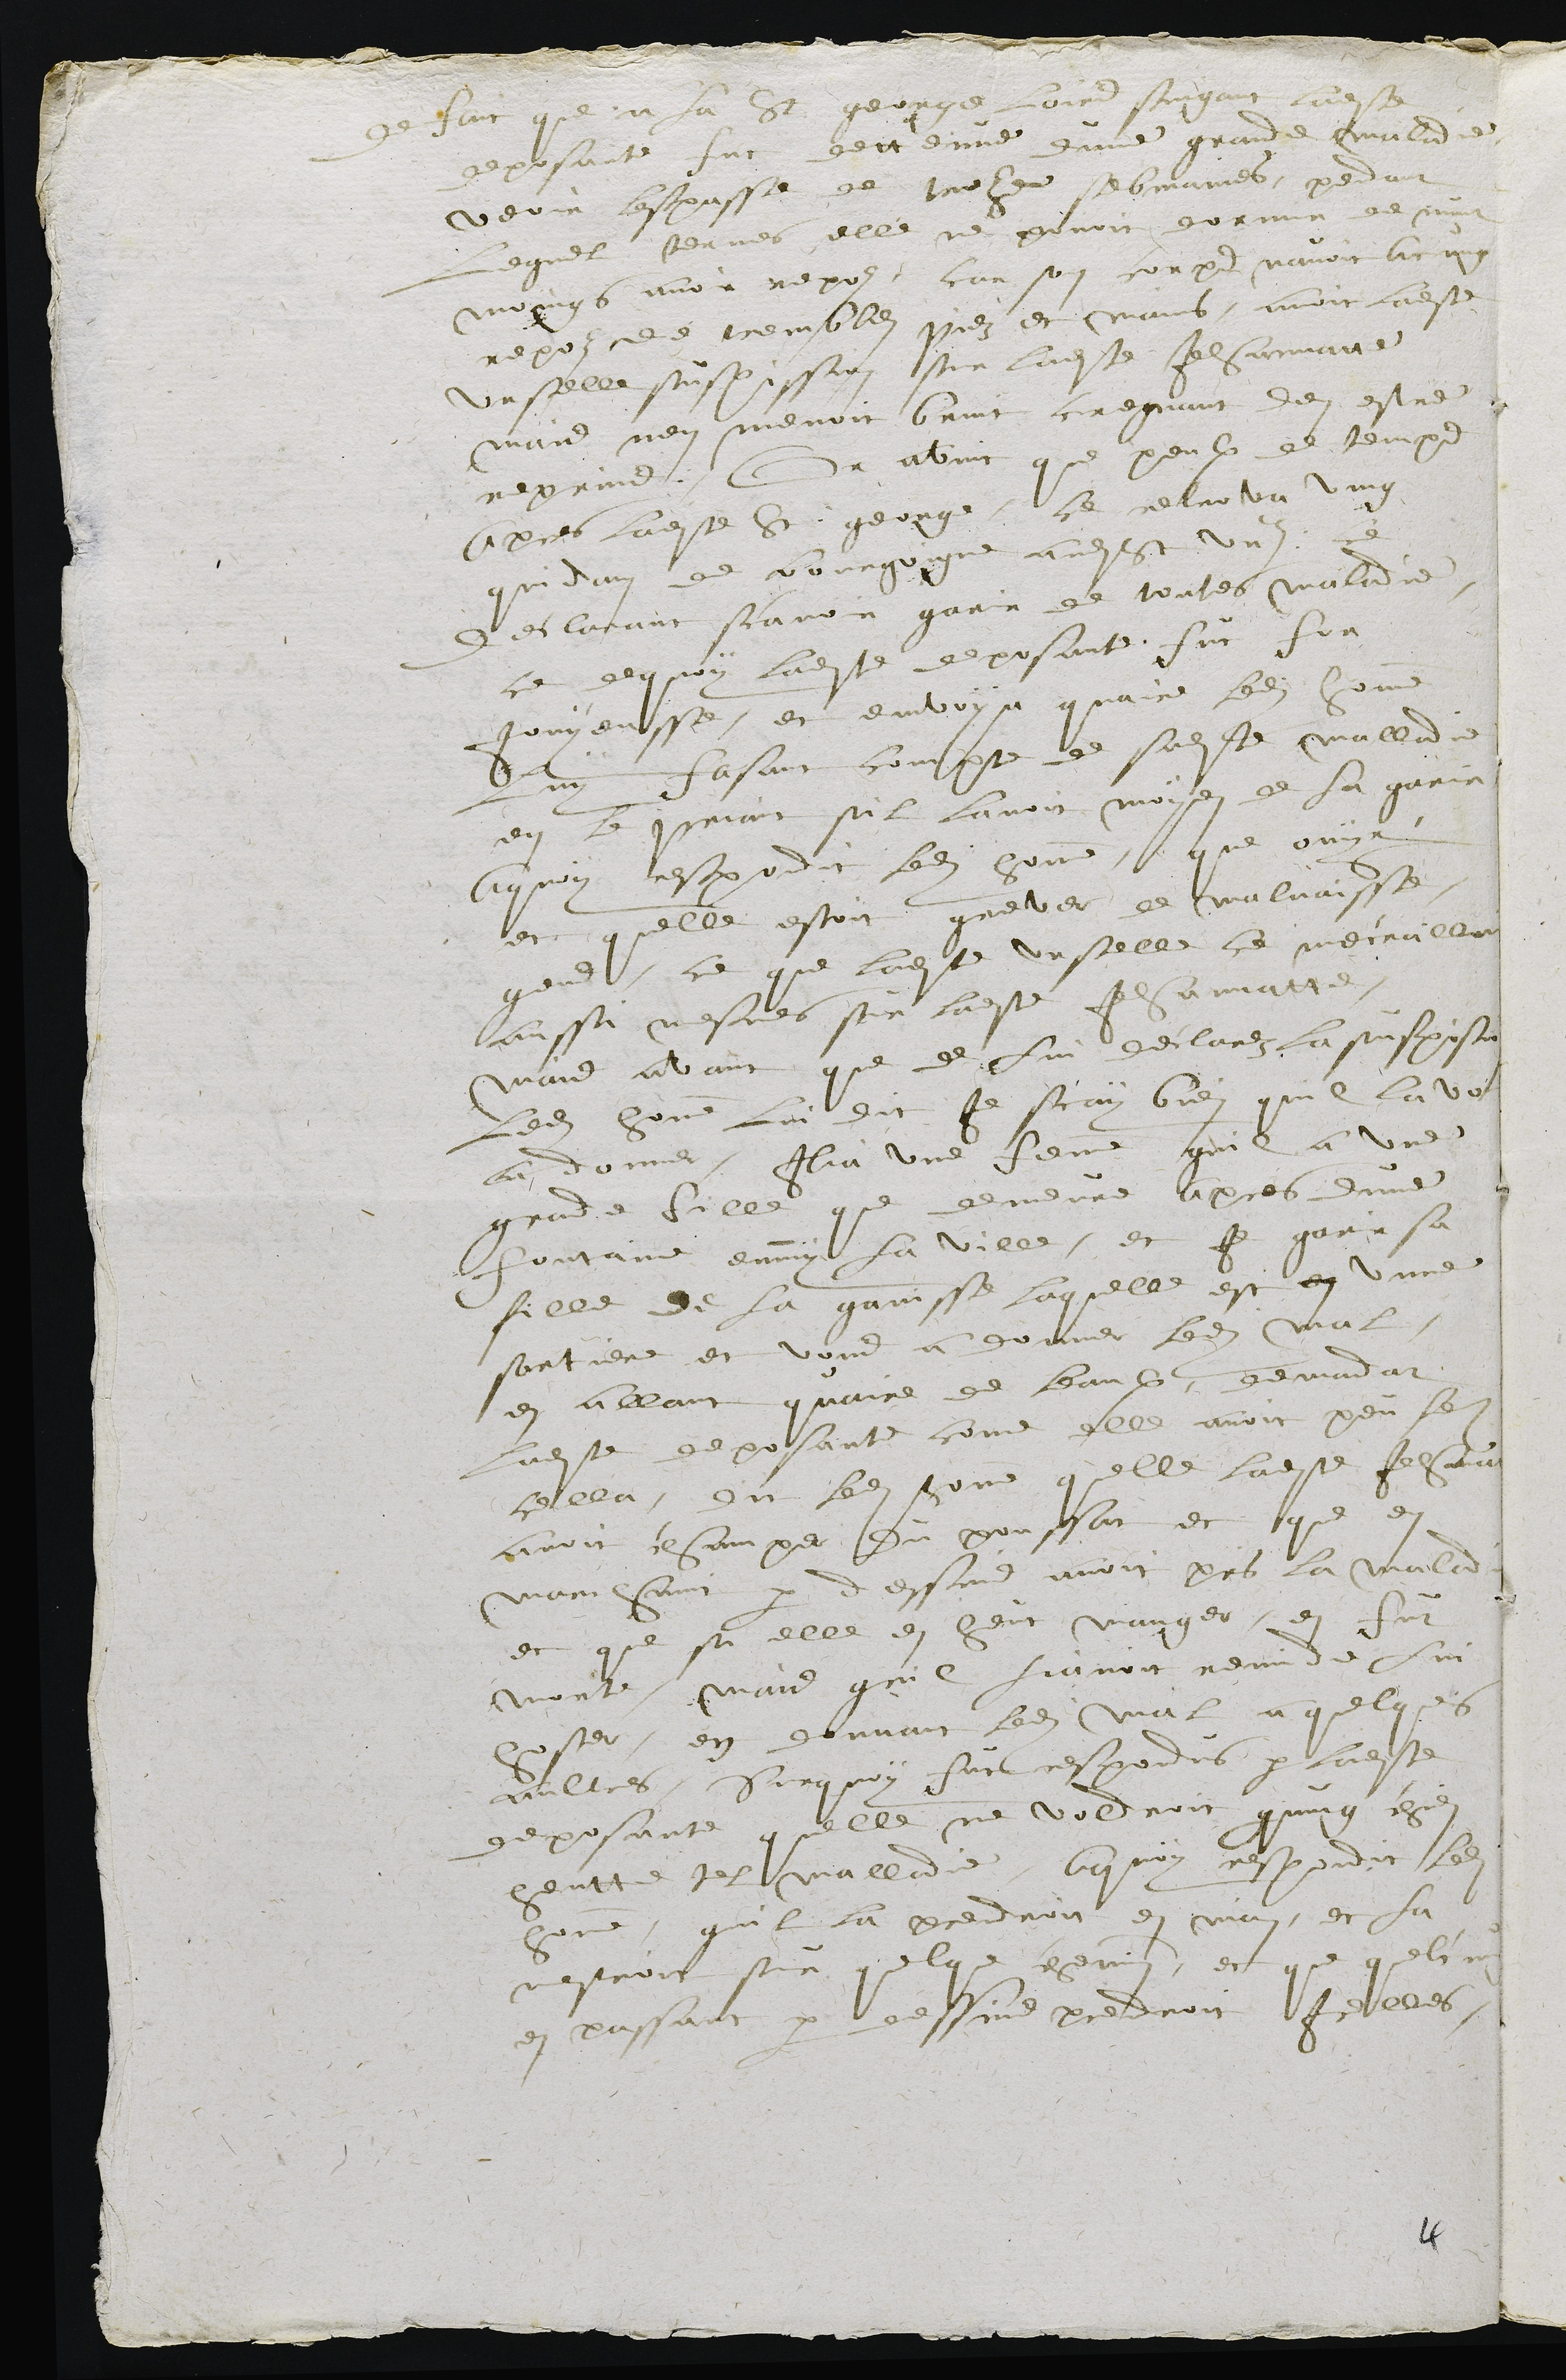
De fait que a la St george loirs suigant ladite
deposante fut dettenue dune grande maladie
veoir l'espasse de treze sebmaines, pendant
lequel termes elle ne povoit dormir de nuict,
moings avoir repoz, car son corps navoit acung
repoz de tremblez, piedz et mains, avoit ladite
Urselle suspission sur ladite Jehannatte
mais nen menoit bruit, cregnant den estre
reprins. Or avoit que peulx de temps
apres ladite St : george, se retreva ung
quidam de bourgoigne audit St Ursanne, ce
declarant scavoir garir de toutes maladie,
ce de quoy ladite deposante fut for
jouyeusse, et emvoya quaire ledit homme,
luy fasant compte de sadite malladie
en le priant sil lavoit moyen de la garir
A quoy respondit ledit homme, que ouyr,
et quelle estoit grever de malvaisse
gens, ce que ladite Urselle se mecroilloit
aussi mesmes sur ladite Jehannatte,
mais avant que de lui déclarez la suspision,
ledit homme lui dit je scay bien quil la vo
eu donner. Ilia une femme quil a une
grande fille qui demeure apres dune
fontaine enmy la ville, et je gari sa
fille de la ganisse laquelle est en unne
sorciere et vous a donner ledit mal,
en allant quaire de leaux. demandat
ladite deposante come elle avoit peu fer
cella, dit ledit homme quelle ladite Jehannatte
avoit champer du poussat et que en
marchant par dessus avoit pris la maladie
et que si elle en heut manger, en fut
morte, mais quil scavoit remide lui
hoster, en donnant ledit mal a quelques
aultres. Sur quoy fut respondus par ladite
deposante quelle ne voldroit quung chien
heutte tel malladie. A quoy respondit ledit
homme, quil la prendroit en may, et la
mestroit sur quelque chemin, et que quelcung 
en passant par dessus, prendroit icelles.